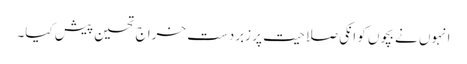
انہوں نے بچوں کو انکی صلاحیت پر زبردست خراج تحسین پیش کیا۔